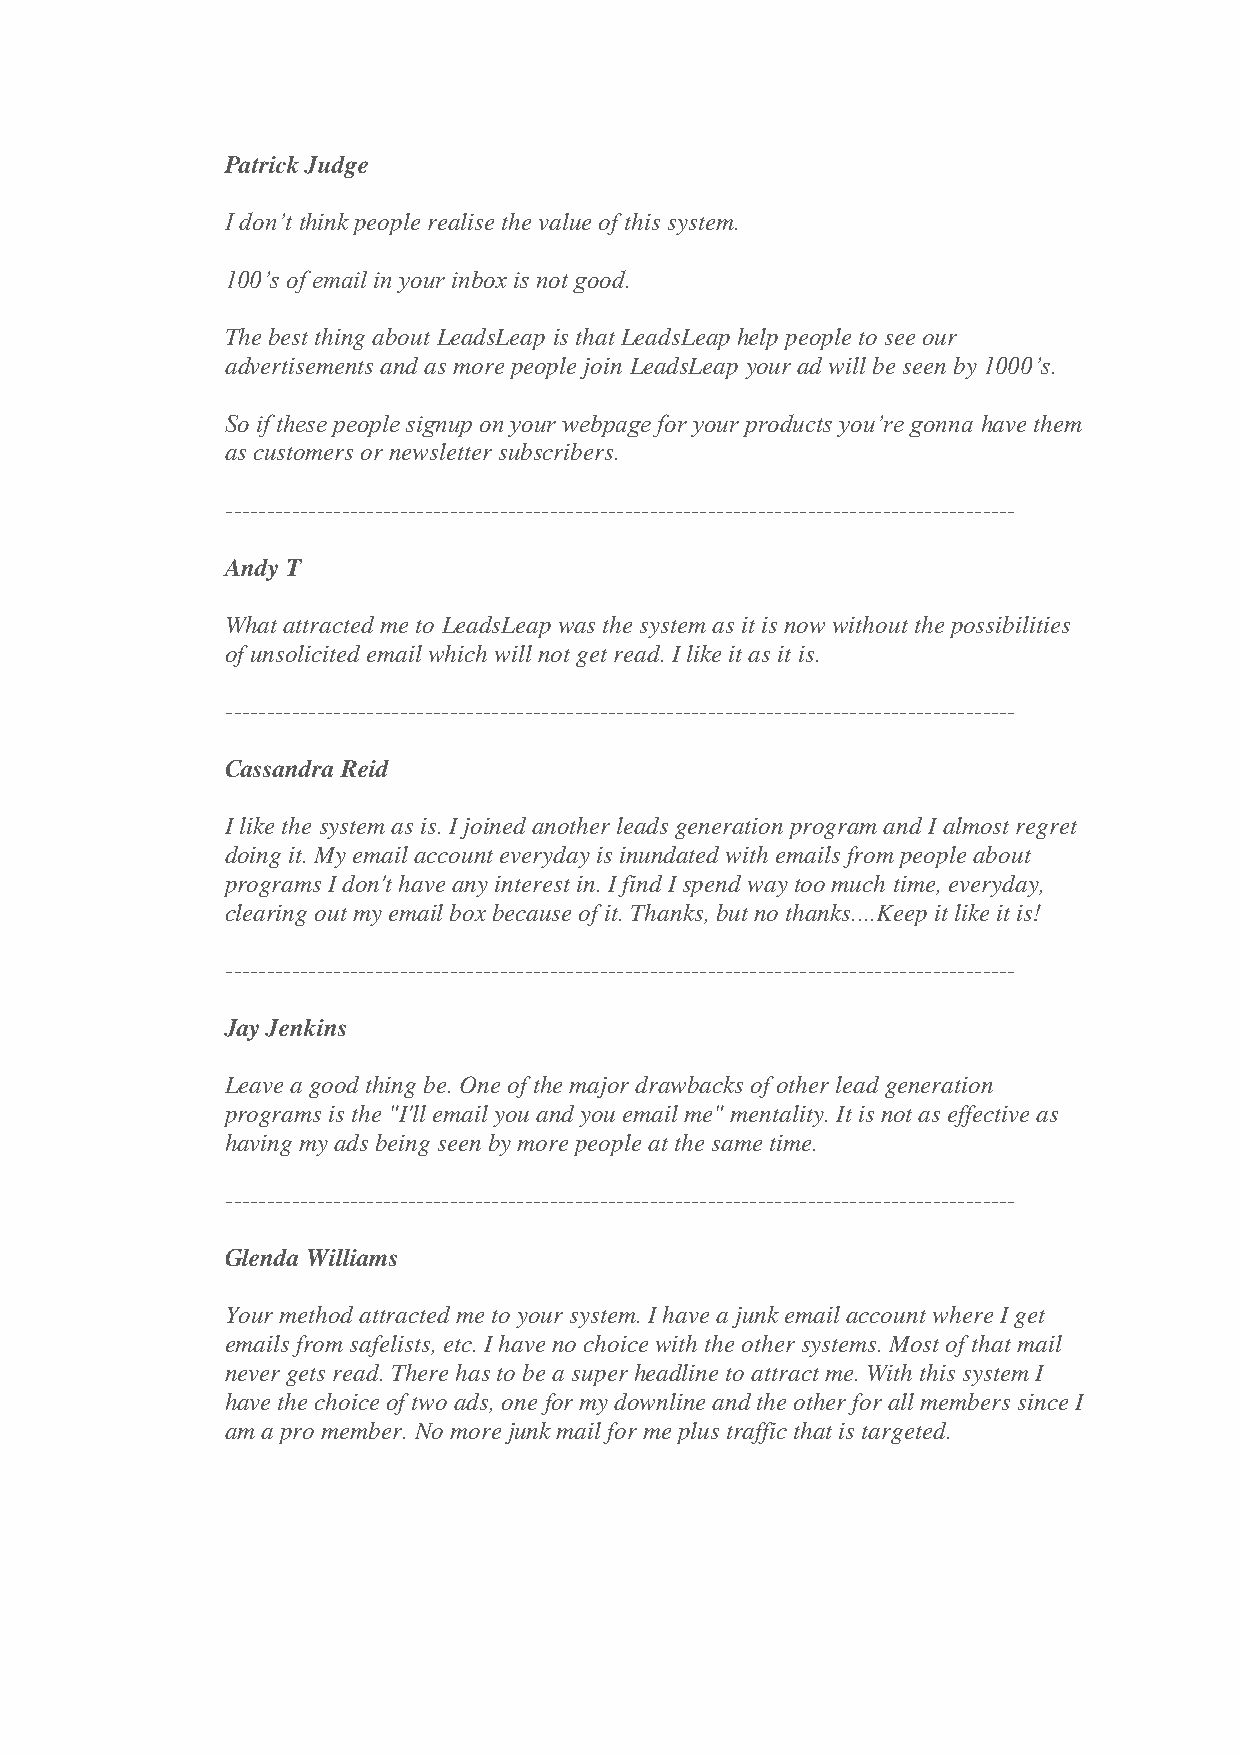
Patrick Judge
 I don’t think people realise the value of this system.
 100’s of email in your inbox is not good.
 The best thing about LeadsLeap is that LeadsLeap help people to see our
 advertisements and as more people join LeadsLeap your ad will be seen by 1000’s.
 So if these people signup on your webpage for your products you’re gonna have them
 as customers or newsletter subscribers.
 -----------------------------------------------------------------------------------------------
 Andy T
 What attracted me to LeadsLeap was the system as it is now without the possibilities
 of unsolicited email which will not get read. I like it as it is.
 -----------------------------------------------------------------------------------------------
 Cassandra Reid
 I like the system as is. I joined another leads generation program and I almost regret
 doing it. My email account everyday is inundated with emails from people about
 programs I don't have any interest in. I find I spend way too much time, everyday,
 clearing out my email box because of it. Thanks, but no thanks....Keep it like it is!
 -----------------------------------------------------------------------------------------------
 Jay Jenkins
 Leave a good thing be. One of the major drawbacks of other lead generation
 programs is the "I'll email you and you email me" mentality. It is not as effective as
 having my ads being seen by more people at the same time.
 -----------------------------------------------------------------------------------------------
 Glenda Williams
 Your method attracted me to your system. I have a junk email account where I get
 emails from safelists, etc. I have no choice with the other systems. Most of that mail
 never gets read. There has to be a super headline to attract me. With this system I
 have the choice of two ads, one for my downline and the other for all members since I
 am a pro member. No more junk mail for me plus traffic that is targeted.